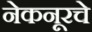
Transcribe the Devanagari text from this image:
नेकनूरचे